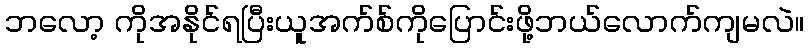
ဘလော့ ကိုအနိုင်ရပြီးယူအက်စ်ကိုပြောင်းဖို့ဘယ်လောက်ကျမလဲ။